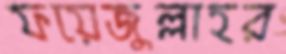
ফয়েজুল্লাহর